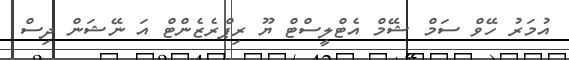
އުމަރު ހޭވް ސަމް ޝޭމް އެޓްލީސްޓް ޔޫ ރިޕްރެޒެންޓް އަ ނޭޝަން ދިސް